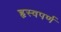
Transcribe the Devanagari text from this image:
हृस्वपर्ण